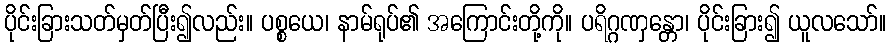
ပိုင်းခြားသတ်မှတ်ပြီး၍လည်း။ ပစ္စယေ၊ နာမ်ရုပ်၏ အကြောင်းတို့ကို။ ပရိဂ္ဂဏှန္တော၊ ပိုင်းခြား၍ ယူလသော်။